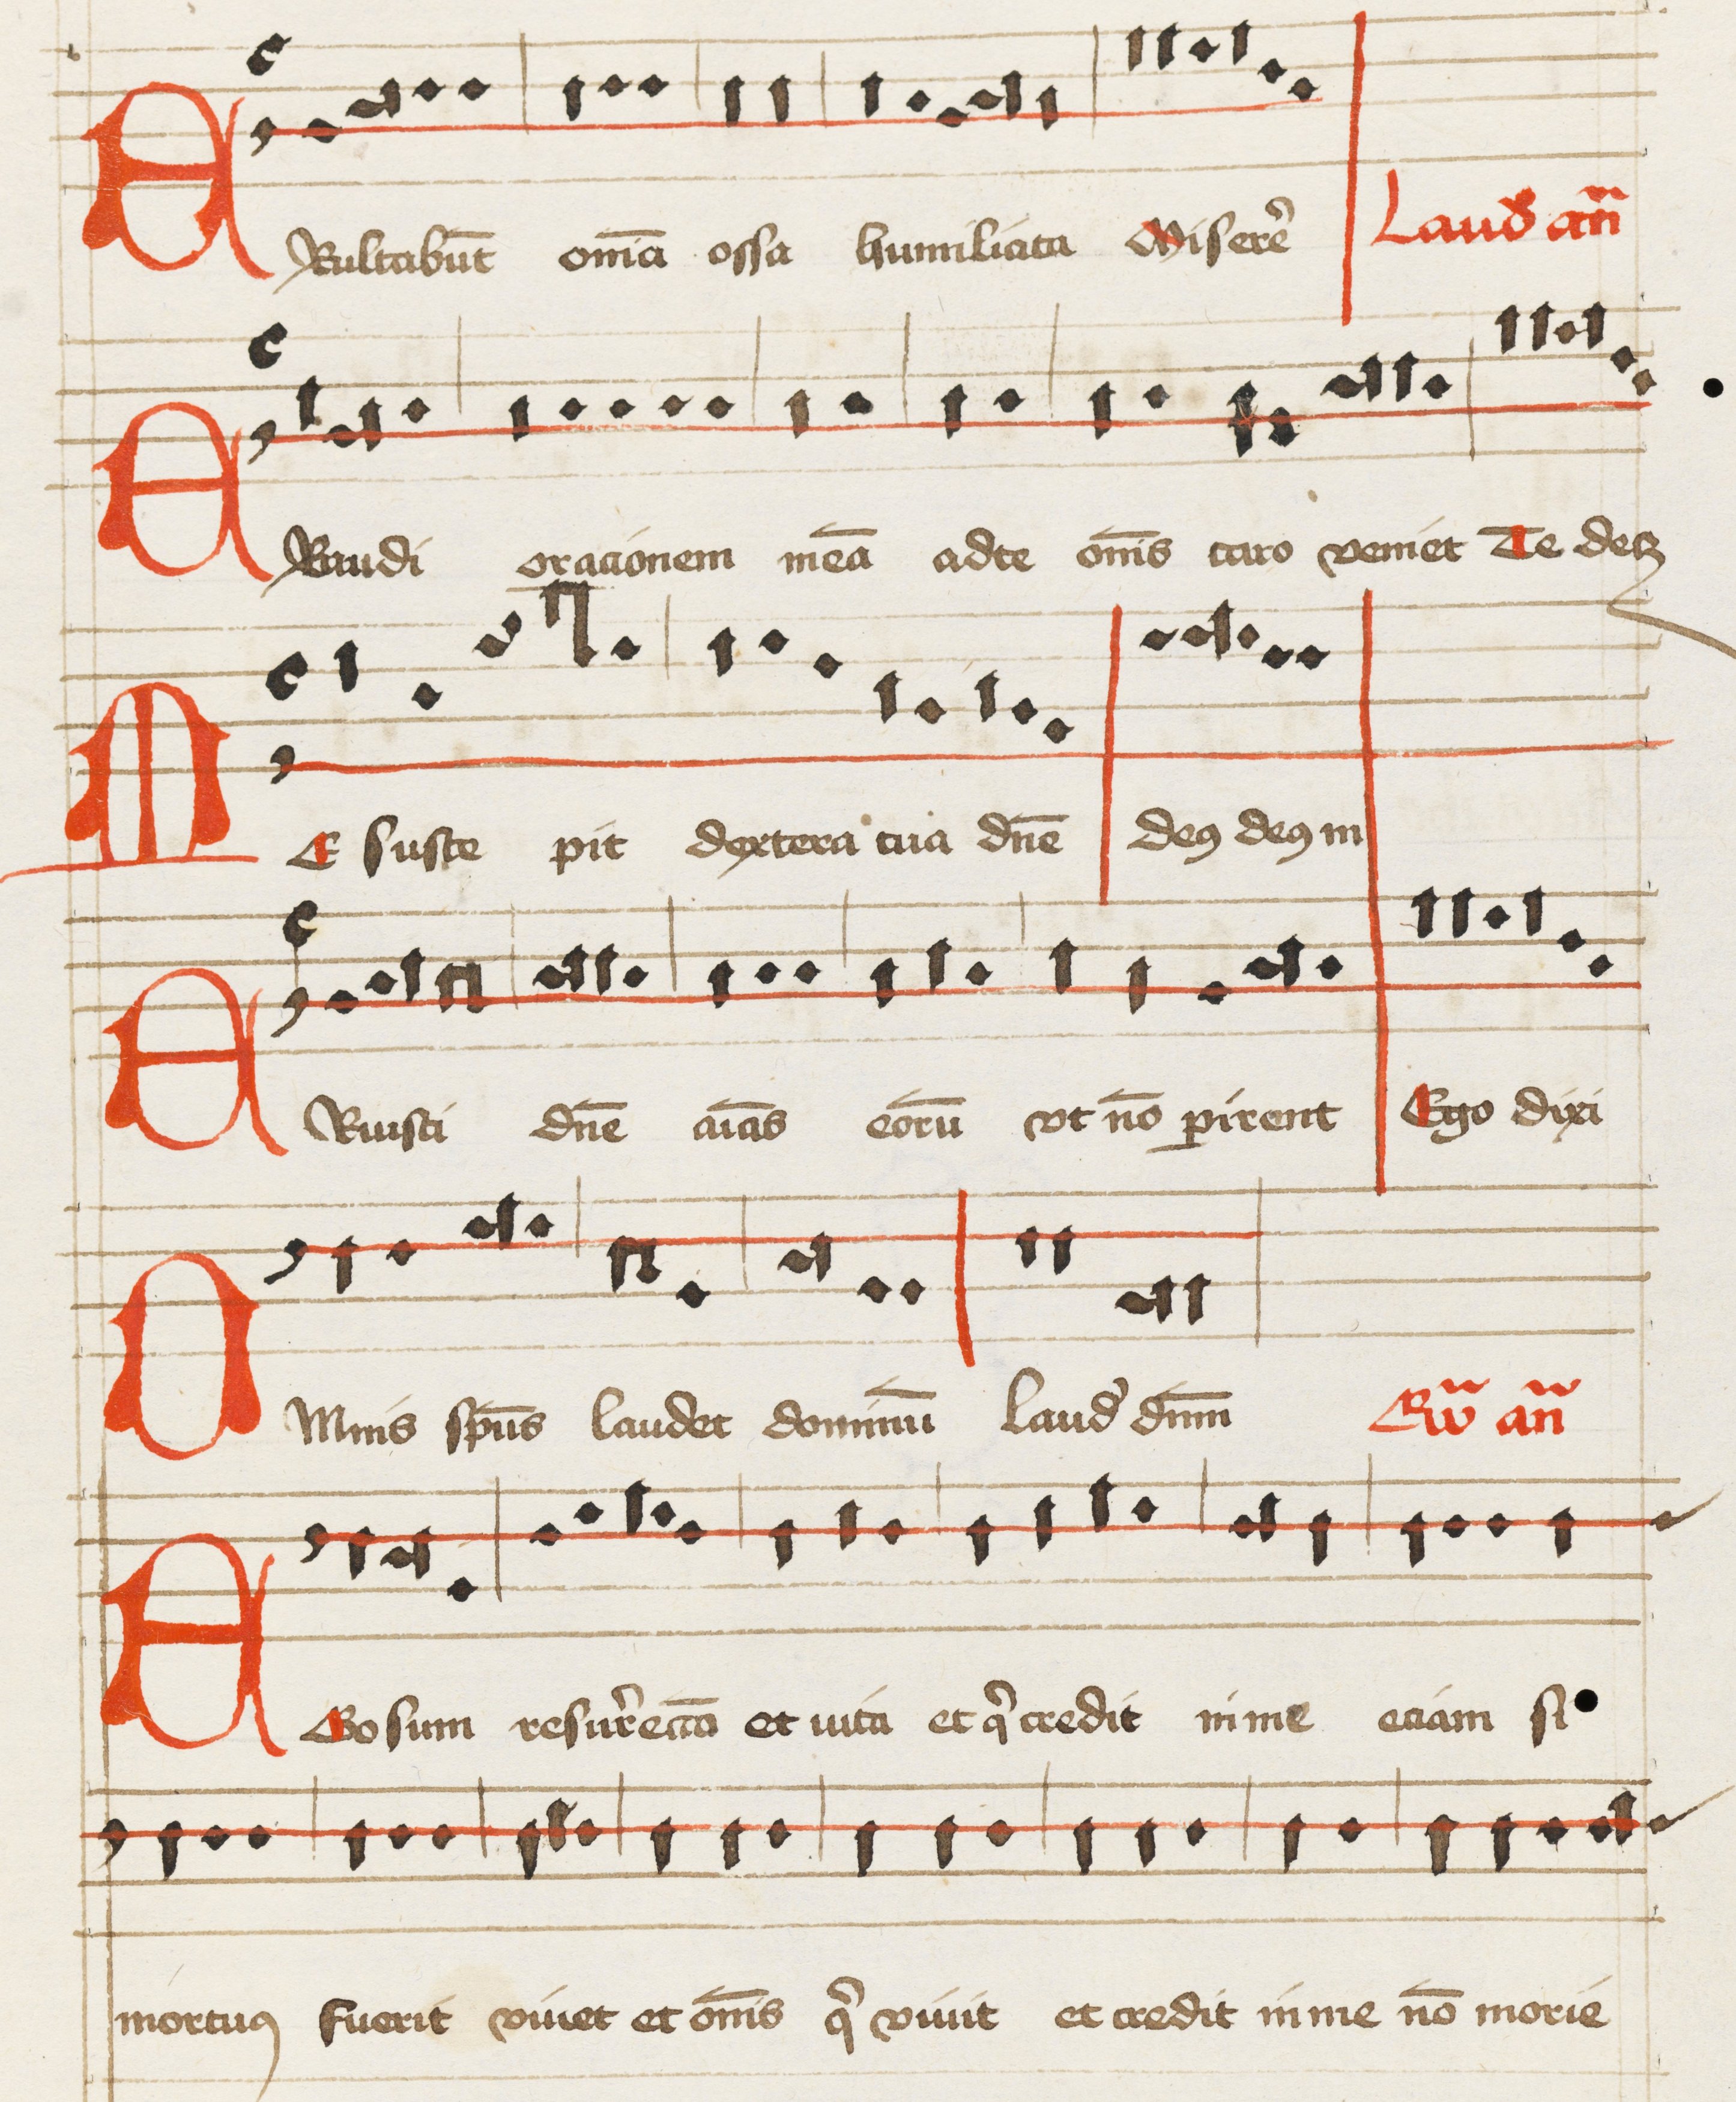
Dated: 1475–1499